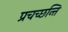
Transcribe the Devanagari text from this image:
प्रचच्छन्ति